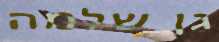
גן שלמה